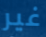
غير